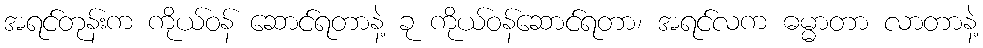
အရင်တုန်းက ကိုယ်ဝန် ဆောင်ရတာနဲ့ ခု ကိုယ်ဝန်ဆောင်ရတာ၊ အရင်လက ဓမ္မာတာ လာတာနဲ့